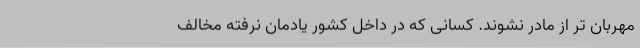
مهربان تر از مادر نشوند. کسانی که در داخل کشور یادمان نرفته مخالف